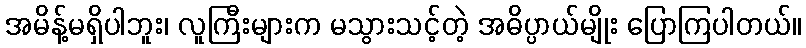
အမိန့်မရှိပါဘူး၊ လူကြီးများက မသွားသင့်တဲ့ အဓိပ္ပာယ်မျိုး ပြောကြပါတယ်။